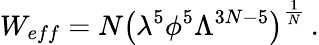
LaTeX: W_{eff}=N\left(\lambda^{5}\phi^{5}\Lambda^{3N-5}\right)^{\frac{1}{N}}\, .